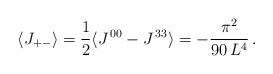
\begin{align*} \langle J_{+ - }\rangle = \frac{1}{2}\langle J^{\,00} - J^{\,33} \rangle = - \frac{\pi ^{2}}{90 \, L^{4}} \, .\end{align*}